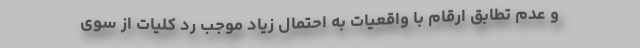
و عدم تطابق ارقام با واقعیات به احتمال زیاد موجب رد کلیات از سوی